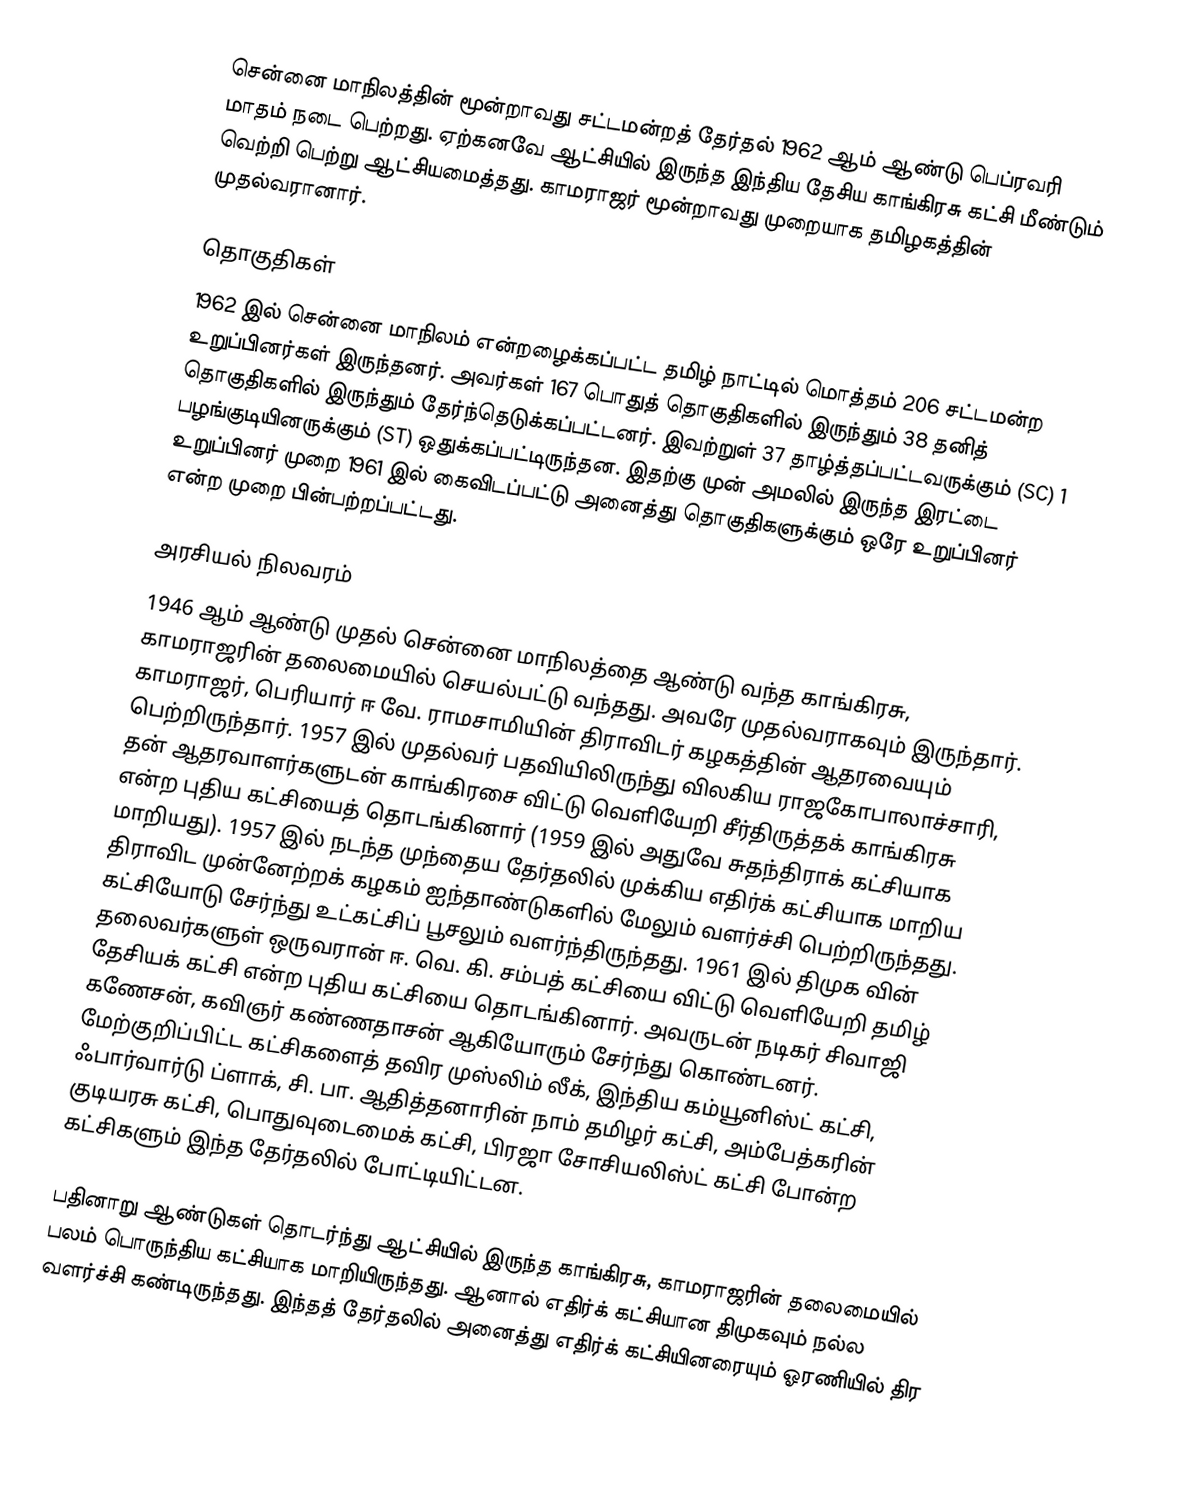
சென்னை மாநிலத்தின் மூன்றாவது சட்டமன்றத் தேர்தல் 1962 ஆம் ஆண்டு பெப்ரவரி மாதம் நடை பெற்றது. ஏற்கனவே ஆட்சியில் இருந்த இந்திய தேசிய காங்கிரசு கட்சி மீண்டும் வெற்றி பெற்று ஆட்சியமைத்தது. காமராஜர் மூன்றாவது முறையாக தமிழகத்தின் முதல்வரானார்.

தொகுதிகள்
1962 இல் சென்னை மாநிலம் என்றழைக்கப்பட்ட தமிழ் நாட்டில் மொத்தம் 206 சட்டமன்ற உறுப்பினர்கள் இருந்தனர். அவர்கள் 167 பொதுத் தொகுதிகளில் இருந்தும் 38 தனித் தொகுதிகளில் இருந்தும் தேர்ந்தெடுக்கப்பட்டனர். இவற்றுள் 37 தாழ்த்தப்பட்டவருக்கும் (SC) 1 பழங்குடியினருக்கும் (ST) ஒதுக்கப்பட்டிருந்தன. இதற்கு முன் அமலில் இருந்த இரட்டை உறுப்பினர் முறை 1961 இல் கைவிடப்பட்டு அனைத்து தொகுதிகளுக்கும் ஒரே உறுப்பினர் என்ற முறை பின்பற்றப்பட்டது.

அரசியல் நிலவரம்
1946 ஆம் ஆண்டு முதல் சென்னை மாநிலத்தை ஆண்டு வந்த காங்கிரசு, காமராஜரின் தலைமையில் செயல்பட்டு வந்தது. அவரே முதல்வராகவும் இருந்தார். காமராஜர், பெரியார் ஈ வே. ராமசாமியின் திராவிடர் கழகத்தின் ஆதரவையும் பெற்றிருந்தார். 1957 இல் முதல்வர் பதவியிலிருந்து விலகிய ராஜகோபாலாச்சாரி, தன் ஆதரவாளர்களுடன் காங்கிரசை விட்டு வெளியேறி சீர்திருத்தக் காங்கிரசு என்ற புதிய கட்சியைத் தொடங்கினார் (1959 இல் அதுவே சுதந்திராக் கட்சியாக மாறியது). 1957 இல் நடந்த முந்தைய தேர்தலில் முக்கிய எதிர்க் கட்சியாக மாறிய திராவிட முன்னேற்றக் கழகம் ஐந்தாண்டுகளில் மேலும் வளர்ச்சி பெற்றிருந்தது. கட்சியோடு சேர்ந்து உட்கட்சிப் பூசலும் வளர்ந்திருந்தது. 1961 இல் திமுக வின் தலைவர்களுள் ஒருவரான் ஈ. வெ. கி. சம்பத் கட்சியை விட்டு வெளியேறி தமிழ் தேசியக் கட்சி என்ற புதிய கட்சியை தொடங்கினார். அவருடன் நடிகர் சிவாஜி கணேசன், கவிஞர் கண்ணதாசன் ஆகியோரும் சேர்ந்து கொண்டனர். மேற்குறிப்பிட்ட கட்சிகளைத் தவிர முஸ்லிம் லீக், இந்திய கம்யூனிஸ்ட் கட்சி, ஃபார்வார்டு ப்ளாக், சி. பா. ஆதித்தனாரின் நாம் தமிழர் கட்சி,  அம்பேத்கரின் குடியரசு கட்சி, பொதுவுடைமைக் கட்சி, பிரஜா சோசியலிஸ்ட் கட்சி போன்ற கட்சிகளும் இந்த தேர்தலில் போட்டியிட்டன.

பதினாறு ஆண்டுகள் தொடர்ந்து ஆட்சியில் இருந்த காங்கிரசு, காமராஜரின் தலைமையில் பலம் பொருந்திய கட்சியாக மாறியிருந்தது. ஆனால் எதிர்க் கட்சியான திமுகவும் நல்ல வளர்ச்சி கண்டிருந்தது. இந்தத் தேர்தலில் அனைத்து எதிர்க் கட்சியினரையும் ஓரணியில் திர